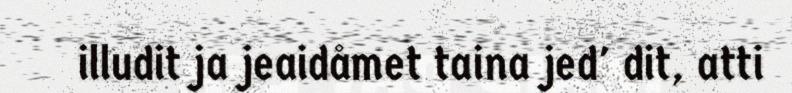
illudit ja jeaidåmet taina jed' dit, atti